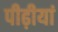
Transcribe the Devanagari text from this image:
पीढ़ीयां